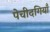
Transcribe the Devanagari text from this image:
पेचीदगियाँ